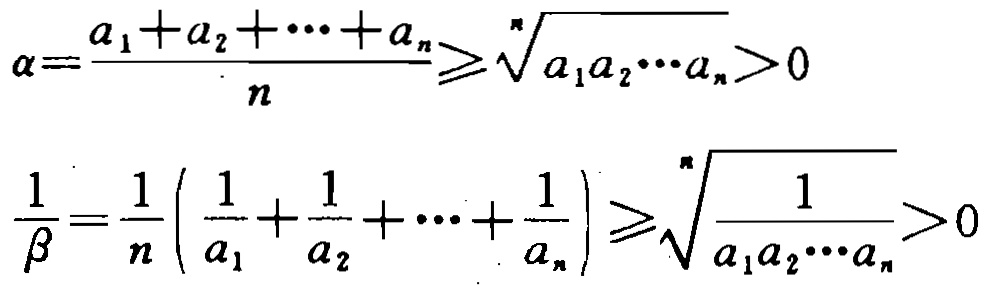
\[

\alpha=\frac{a_{1}+a_{2}+\cdots +a_{n}}{n}\geqslant\sqrt[n]{a_{1}a_{2}\cdots a_{n}}>0

\]

\[

\frac{1}{\beta}=\frac{1}{n}\left(\frac{1}{a_{1}}+\frac{1}{a_{2}}+\cdots+\frac{1}{a_{n}}\right)\geqslant\sqrt[n]{\frac{1}{a_{1}a_{2}\cdots a_{n}}}>0

\]